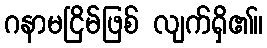
ဂနာမငြိမ်ဖြစ် လျက်ရှိ၏။